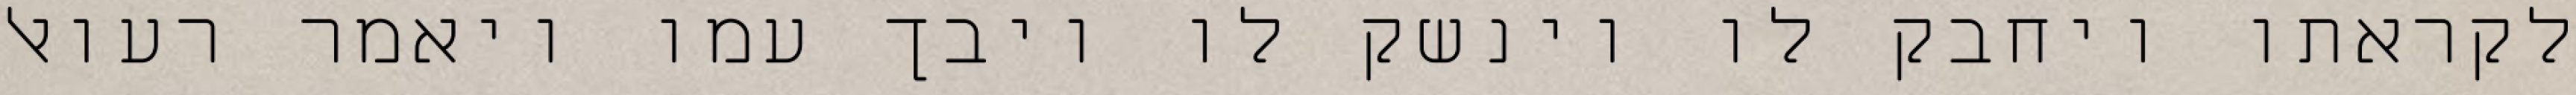
לקראתו ויחבק לו וינשק לו ויבך עמו ויאמר רעואל